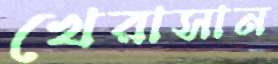
খেরাসান